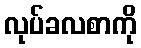
လုပ်ခလစာကို